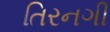
તિરનગી